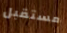
مستقبل